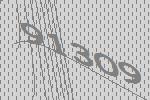
91309